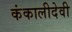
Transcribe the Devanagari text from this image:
कंकालीदेवी